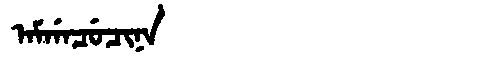
Manchu: ᠠᠮᡤᠠᠴᡠᠴᡳᠨᠠ
Romanization: AMGACUCINA